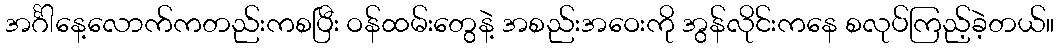
အင်္ဂါနေ့လောက်ကတည်းကစပြီး ဝန်ထမ်းတွေနဲ့ အစည်းအဝေးကို အွန်လိုင်းကနေ စလုပ်ကြည့်ခဲ့တယ်။